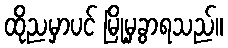
ထိုညမှာပင် မြို့မှခွာရသည်။